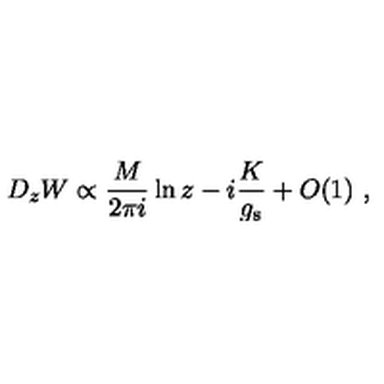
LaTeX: D _ { z } W \propto \frac { M } { 2 \pi i } \ln z - i \frac { K } { g _ { \mathrm { s } } } + O ( 1 ) \ ,